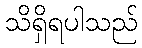
သိရှိရပါသည်